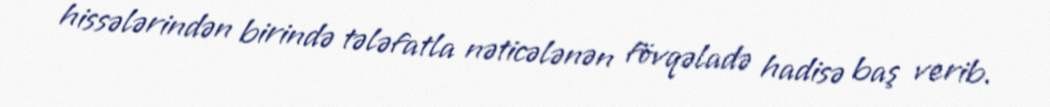
hissələrindən birində tələfatla nəticələnən fövqəladə hadisə baş verib.